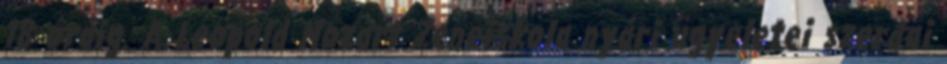
18 óráig. A Leopold Mozart Zeneiskola nyári ügyeletei szerdai